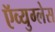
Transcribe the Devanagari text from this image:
ऍव्युग्लेस